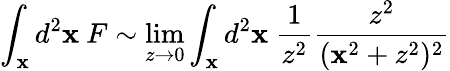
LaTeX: \int_{\mathbf{x}}d^{2}\mathbf{x}\ F\sim\operatorname*{lim}_{z\rightarrow0}\int_{\mathbf{x}}d^{2}\mathbf{x}\ {\frac{{1}}{{z^{2}}}}{\frac{{z^{2}}}{{(\mathbf{x}^{2}+z^{2})^{2}}}}